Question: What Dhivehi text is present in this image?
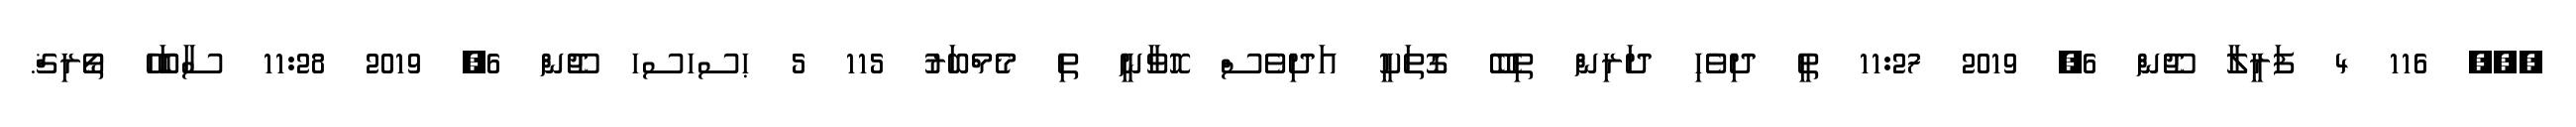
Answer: ??? 116 4 ފަރީލާ ޖޫން 6, 2019 11:27 ތީ ދިވެހި ދަރިން ތިބޭ ގޮތަކީ އަދިވެސް ހޮވާނީ ތި މެމްބަރު 115 5 ޙސހސހ ޖޫން 6, 2019 11:28 ސާބަހޭ ޠޯރިޤް.